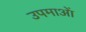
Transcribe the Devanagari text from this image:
उपमाआें